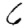
Digit: 6